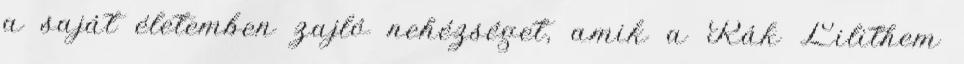
a saját életemben zajló nehézséget, amik a Rák Lilithem